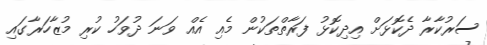
ސަރުކާރާ ދެކޮޅަށް އިދިކޮޅު ފަރާތްތަކުން މެއި އެއް ވަނަ ދުވަހު ކުރި މުޒާހަރާގައި